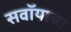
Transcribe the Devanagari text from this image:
सवॉयाचा